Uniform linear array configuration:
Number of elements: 12
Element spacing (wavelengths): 0.75
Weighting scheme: kaiser
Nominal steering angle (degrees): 0
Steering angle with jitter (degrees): -0.6953
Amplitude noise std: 0.05
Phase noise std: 0.05

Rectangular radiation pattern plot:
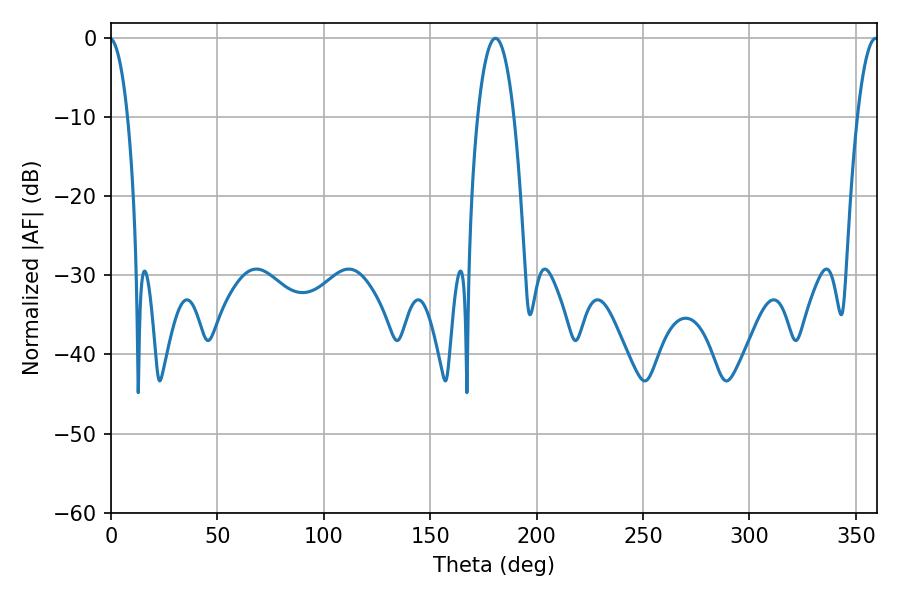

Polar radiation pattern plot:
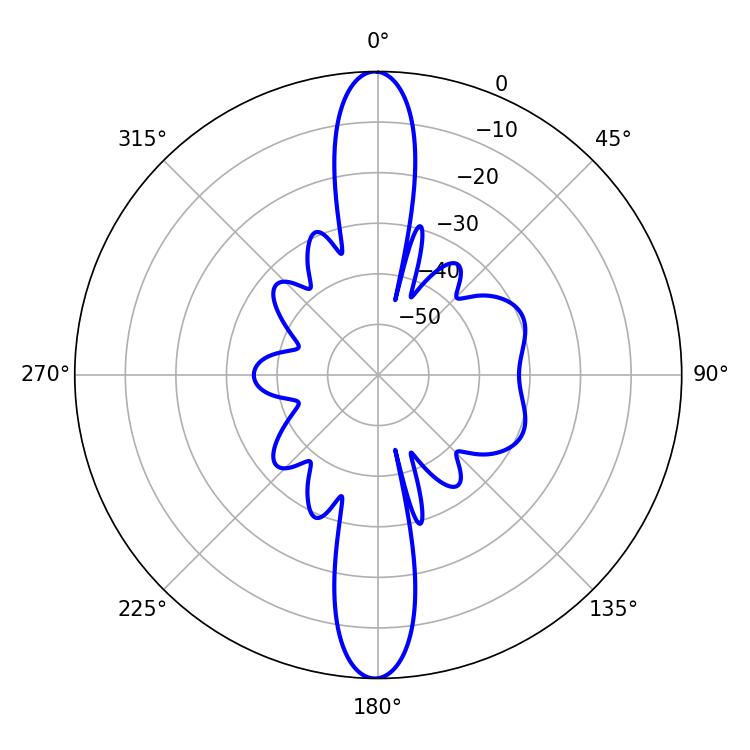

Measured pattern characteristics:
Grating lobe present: TRUE
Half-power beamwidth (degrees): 5.4
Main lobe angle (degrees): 359.28